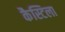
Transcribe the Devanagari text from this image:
कैस्टिला